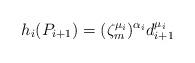
LaTeX: \begin{align*}h_{i}(P_{i+1})=(\zeta_m^{\mu_{i}})^{\alpha_i}d_{i+1}^{\mu_{i}} \end{align*}